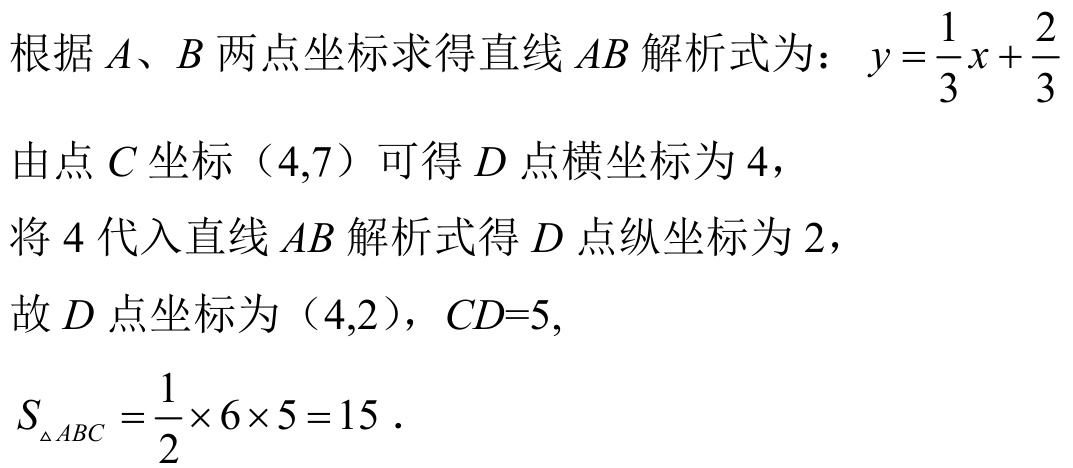
根据\(A\)、\(B\)两点坐标求得直线\(AB\)解析式为：\(y = \frac{1}{3}x+\frac{2}{3}\)
由点\(C\)坐标（\(4,7\)）可得\(D\)点横坐标为\(4\)，
将\(4\)代入直线\(AB\)解析式得\(D\)点纵坐标为\(2\)，
故\(D\)点坐标为（\(4,2\)），\(CD = 5\)，
\(S_{\triangle ABC}=\frac{1}{2}\times6\times5 = 15\)．